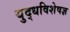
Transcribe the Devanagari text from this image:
युद्धविशेषज्ञ